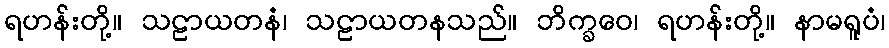
ရဟန်းတို့။ သဠာယတနံ၊ သဠာယတနသည်။ ဘိက္ခဝေ၊ ရဟန်းတို့။ နာမရူပံ၊